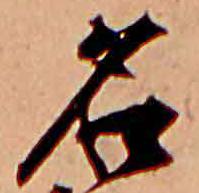
名